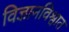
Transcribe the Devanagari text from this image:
विज्ञानविश्वात